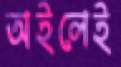
অইলেই